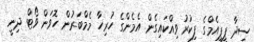
ސީދާ ޕީޕީއެމްގެ ފިކުރު ވިއްކައިގެން އެމެންގެ ހުރިހާ މެމްބަރުން ހޮވަން ވޯޓް ދިނީ